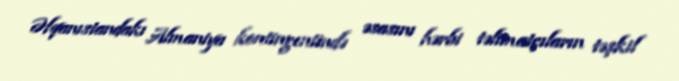
Əfqanıstandakı Almaniya kontingentində əsasını hərbi təlimatçıların təşkil